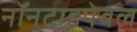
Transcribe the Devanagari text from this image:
नॉनटाइपेबल